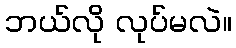
ဘယ်လို လုပ်မလဲ။